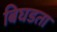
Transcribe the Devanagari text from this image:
बिघडता